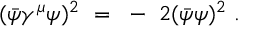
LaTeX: ( \bar { \psi } \gamma ^ { \mu } \psi ) ^ { 2 } ~ = ~ - ~ 2 ( \bar { \psi } \psi ) ^ { 2 } ~ .